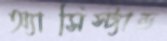
অ্যাসিস্ট্যান্ড